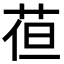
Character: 𮏈